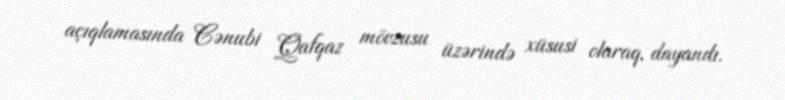
açıqlamasında Cənubi Qafqaz mövzusu üzərində xüsusi olaraq, dayandı.